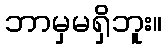
ဘာမှမရှိဘူး။